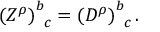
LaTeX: \left( Z ^ { \rho } \right) _ { \; \; c } ^ { b } = \left( D ^ { \rho } \right) _ { \; \; c } ^ { b } .